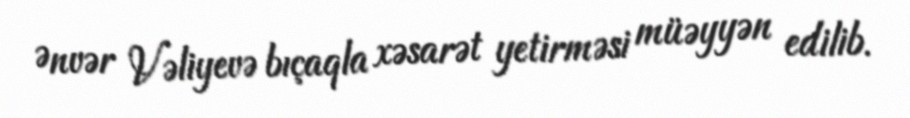
Ənvər Vəliyevə bıçaqla xəsarət yetirməsi müəyyən edilib.